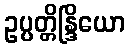
ဥပ္ပတ္တိန္ဒြိယော